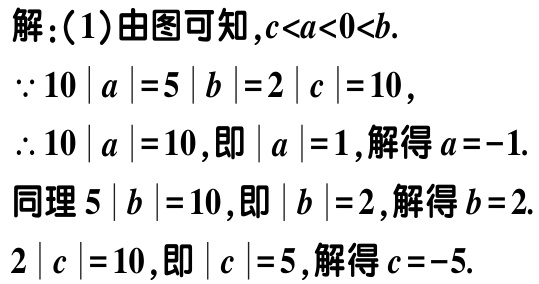
解：(1)由图可知，\(c < a < 0 < b\).

\(\because 10\left| a\right| = 5\left| b\right| = 2\left| c\right| = 10\)，

\(\therefore 10\left| a\right| = 10\)，即\(\left| a\right| = 1\)，解得\(a = - 1\).

同理\(5\left| b\right| = 10\)，即\(\left| b\right| = 2\)，解得\(b = 2\).

\(2\left| c\right| = 10\)，即\(\left| c\right| = 5\)，解得\(c = - 5\).